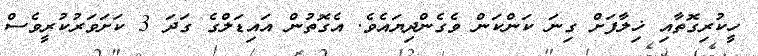
ހީކުރިގޮތާއި ޚިލާފަށް ގިނަ ކަންކަން ވެގެންދިޔައެވެ. އެގޮތުން އައިޑަލްގެ ގަދަ 3 ކަށަވަރުކުރީވެސް